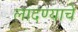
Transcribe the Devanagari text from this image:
लादण्याचे